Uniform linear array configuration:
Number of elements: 8
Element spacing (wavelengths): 1
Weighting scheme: blackman
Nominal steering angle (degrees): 0
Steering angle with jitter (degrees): -1.209
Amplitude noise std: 0.05
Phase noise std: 0.05

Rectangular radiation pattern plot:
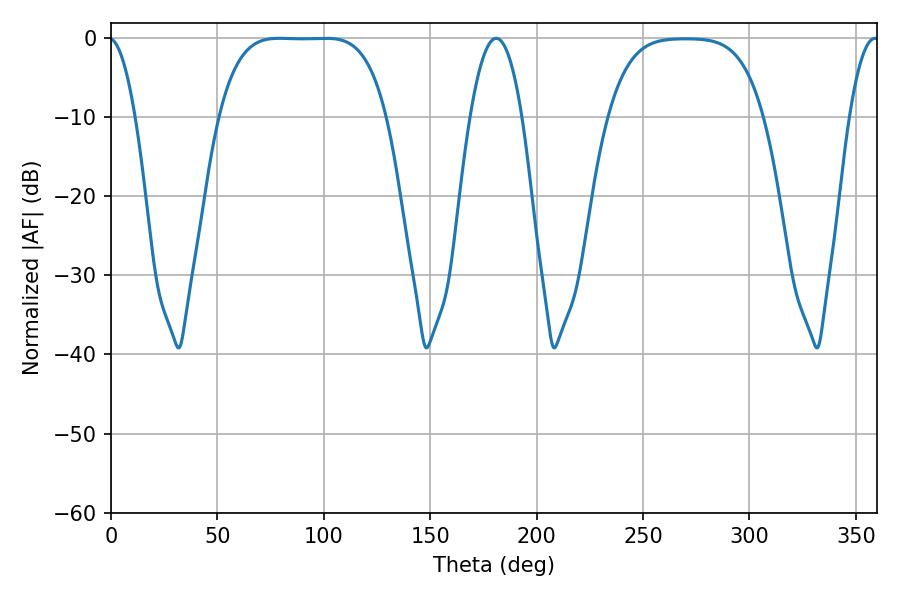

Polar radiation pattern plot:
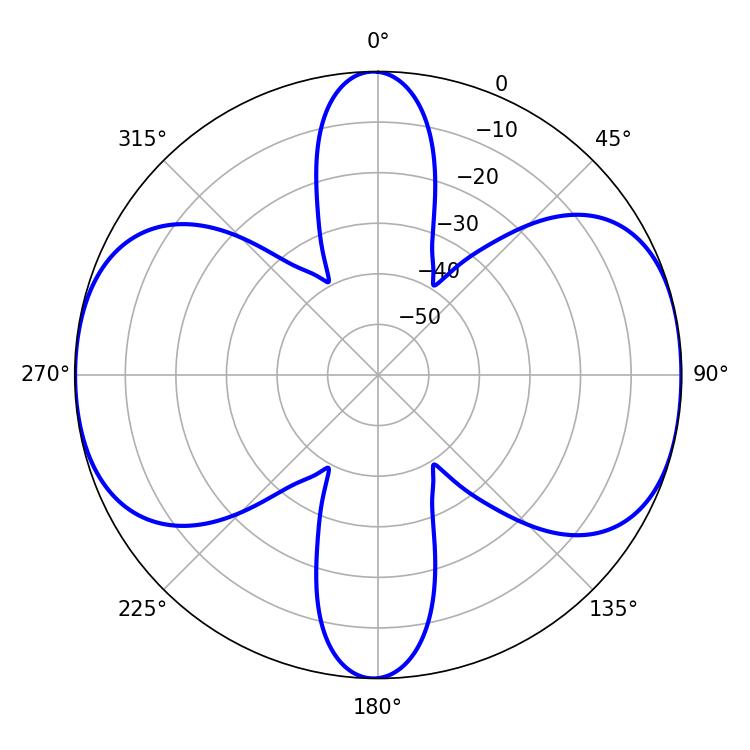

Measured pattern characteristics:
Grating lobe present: TRUE
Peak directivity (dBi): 11.788
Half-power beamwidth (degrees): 60.12
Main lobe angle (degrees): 79.2